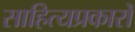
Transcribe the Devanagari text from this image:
साहित्यप्रकारों